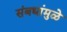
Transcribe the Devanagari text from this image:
संबधांमुळे